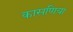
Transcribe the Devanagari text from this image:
कासणिया